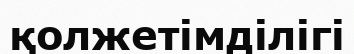
қолжетімділігі